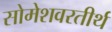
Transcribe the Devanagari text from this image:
सोमेशवरतीर्थ